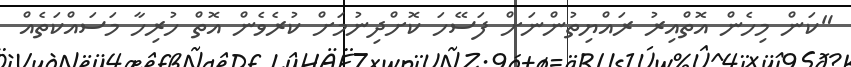
"ކަން މިހެން އޮތްއިރު ރައްޔިތުންނަށް ފަސޭހަ ކޮށްދިނުމަށް ކުރެވެން އޮތް ހުރިހާ މަސައްކަތެއް